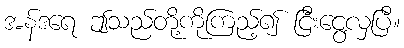
အန်ဒရေ ဤသည်တို့ကိုကြည့်၍ ငြီးငွေ့လှပြီ။